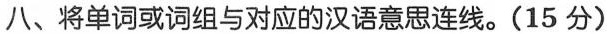
八、将单词或词组与对应的汉语意思连线。(15分))